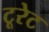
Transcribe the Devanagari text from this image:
टूरेट